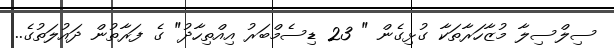
ސިލްސިލާ މުޒާހަރާތަކާ ގުޅިގެން " 23 ޑިސެމްބަރު އިއްތިހާދު" ގެ ފަރާތުން ދައުލަތުގެ..